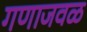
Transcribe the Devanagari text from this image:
गणाजवळ